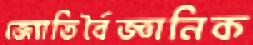
জ্যোতির্বৈজ্ঞানিক